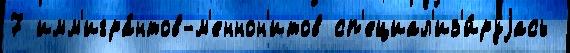
7 имм'игра́нтов-м'еннон'итов сп'ециал'из'и́руjась